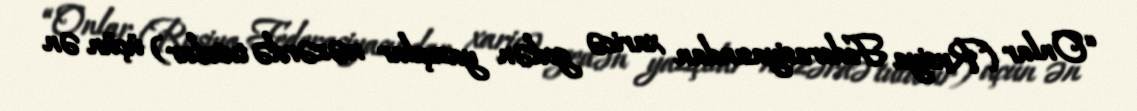
“Onlar (Rusiya Federasiyasından xaricə gedən yazıçılar nəzərdə tutulur) üçün ən